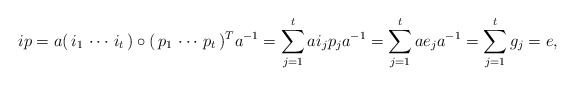
\begin{align*}ip = a (\, i_{1}\, \cdots \, i_{t}\,)\circ (\, p_{1}\, \cdots \, p_{t}\,)^{T}a^{-1}= \sum_{j=1}^{t} ai_{j}p_{j}a^{-1}= \sum_{j=1}^{t}ae_{j}a^{-1}= \sum_{j=1}^{t}g_{j}= e,\end{align*}